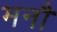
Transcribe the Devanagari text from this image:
मनौ